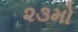
૨૩મો